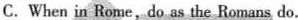
C. When in Rome, do as the Romans do.